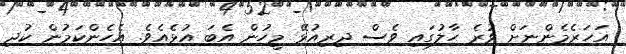
އަހަރެމެންނަށް ވުރެ ހާލުގައި ވެސް ދިރިއުޅޭ މީހުން އެބަ އުޅެއެވެ. އެހެންކަމުން ކުދި